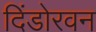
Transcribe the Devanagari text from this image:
दिंडोरवन